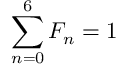
\sum _ { n = 0 } ^ { 6 } F _ { n } = 1